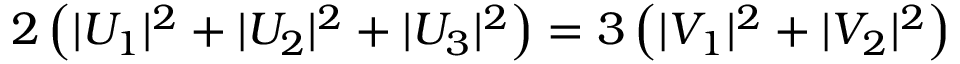
2 \left( | U _ { 1 } | ^ { 2 } + | U _ { 2 } | ^ { 2 } + | U _ { 3 } | ^ { 2 } \right) = 3 \left( | V _ { 1 } | ^ { 2 } + | V _ { 2 } | ^ { 2 } \right)